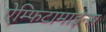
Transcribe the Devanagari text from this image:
ऐम्फिटामाइन्स